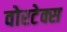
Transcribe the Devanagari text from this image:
वोरटेक्स